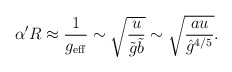
\begin{align*}\alpha' R \approx \frac{1}{g_{\rm eff}} \sim \sqrt{\frac{u}{\tilde g\tilde b}} \sim \sqrt{\frac{a u}{{\hat g}^{4/5}}}.\end{align*}